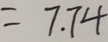
= 7 . 7 4